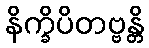
နိက္ခိပိတဗ္ဗန္တိ